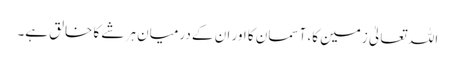
اللہ تعالیٰ زمین کا، آسمان کا اور ان کے درمیان ہر شے کا خالق ہے۔